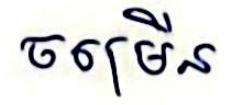
ចម្រើន